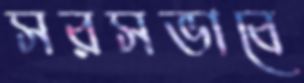
সরসভাবে